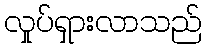
လှုပ်ရှားလာသည်